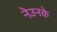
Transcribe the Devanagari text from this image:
नेउनके